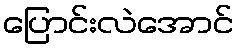
ပြောင်းလဲအောင်